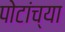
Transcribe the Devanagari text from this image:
पोटांच्या